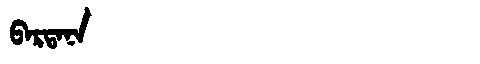
Manchu: ᠪᠠᡵᡨᠠᠨᠠ
Romanization: BARTANA